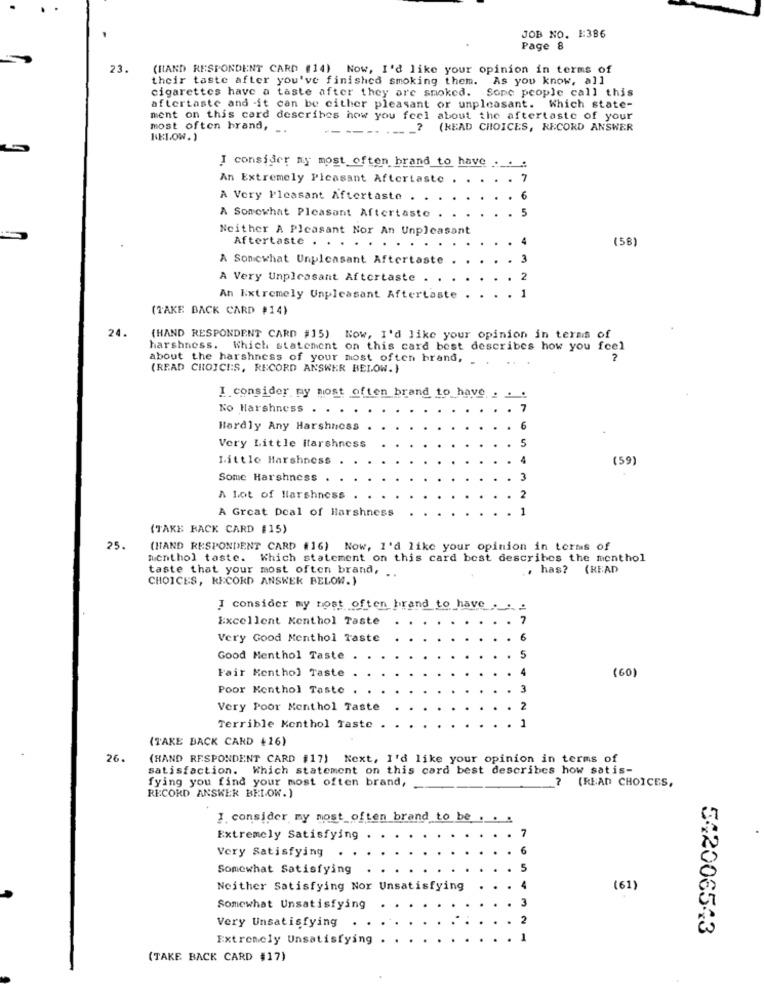
JOB NO. E:386
Page 8
23.
(HAND RESPONDENT CARD (14) Now, I'd like your opinion in terms of
their taste after you've finished smoking them. As you know, all
cigarettes have a taste after they are smoked. Sope people call this
aftertaste and -it can be either pleasant or unpleasant. Which state-
ment on this card describes how you feel about the aftertaste of your
most often brand, ..
? (READ CHOICES, RECORD ANSWER
RELOW.)
I consider my most often brand to have ._. :
An Extremely Pleasant Aftertaste
7
A Very Pleasant Aftertaste .
6
A Somewhat Pleasant Aftertaste
5
Neither A Pleasant Nor An Unpleasant
(58)
Aftertaste . . .
A Sonicwhat Unpleasant Aftertaste
3
A Very Unpleasant Aftertaste
2
An Extremely Unpleasant Aftertaste
1
(TAKE BACK CARD #14)
24.
(HAND RESPONDENT CARD #15) Now, I'd like your opinion in terms of
harshness. Which statement on this card best describes how you feel
about the harshness of your most often brand, ..
2
(READ CHOICES, RECORD ANSWER BELOW. )
I consider my most often brand to have
No Harshness
Hardly Any Harshness
Very Little itarshness
Little Harshness
(59)
Some Harshness
A Lot of Harshness
A Great Deal of Harshness
(TAKE BACK CARD [15)
25.
(HAND RESPONDENT CARD #16) Now, I'd like your opinion in terms of
menthol taste. Which statement on this card best describes the monthol
taste that your most often brand, ..
, has? (READ
CHOICES, RECORD ANSWER BELOW.)
I consider my most often brand to have ..
Excellent Menthol Taste
7
Very Good Menthol Taste
Good Menthol Taste
Fair Menthol Taste
(60)
Poor Menthol Taste
Very Poor Menthol Taste
Terrible Kenthol Taste .
(TAKE BACK CARD +16)
26.
(HAND RESPONDENT CARD #17) Next, I'd like your opinion in terms of
satisfaction. Which statement on this card best describes how satis-
fying you find your most often brand,
? (READ CHOICES,
RECORD ANSWER BELOW.)
J. consider my most often brand to be. .
Extremely Satisfying
Very Satisfying
Somewhat Satisfying
Neither Satisfying Nor Unsatisfying
(61)
Somewhat Unsatisfying
Very Unsatisfying
542006543
Extremely Unsatisfying
(TAKE BACK CARD #17)